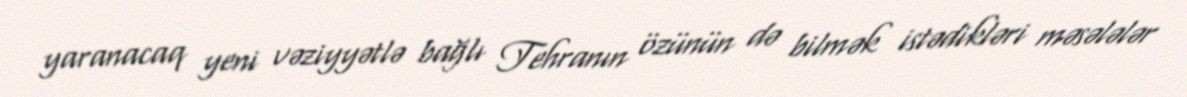
yaranacaq yeni vəziyyətlə bağlı Tehranın özünün də bilmək istədikləri məsələlər